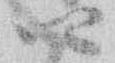
四